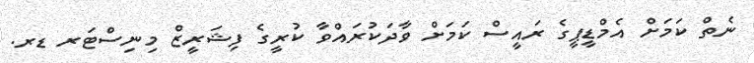
ނެތް ކަމަށް އެމްޑީޕީގެ ރައީސް ކަމަށް ވާދަކުރައްވާ ކުރީގެ ފިޝަރީޒް މިނިސްޓަރ ޑރ.